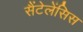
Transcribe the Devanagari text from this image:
सैंटेलेंसिस